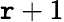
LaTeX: \mathtt{r}+1